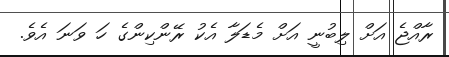
ރާއްޖެ އަށް ލިބުނީ އަށް މެޑަލާ އެކު ރޭންކިންގެ ހަ ވަނަ އެވެ.